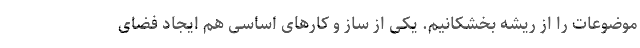
موضوعات را از ریشه بخشکانیم. یکی از ساز و کارهای اساسی هم ایجاد فضای